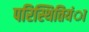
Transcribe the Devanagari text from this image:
परिस्थितियंा